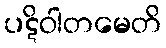
ပဋိဝါတမေတိ